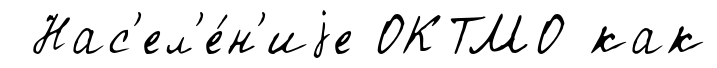
Нас'ел'е́н'иjе ОКТМО как